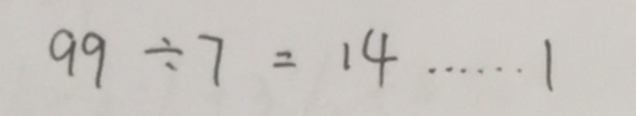
9 9 \div 7 = 1 4 \cdots 1